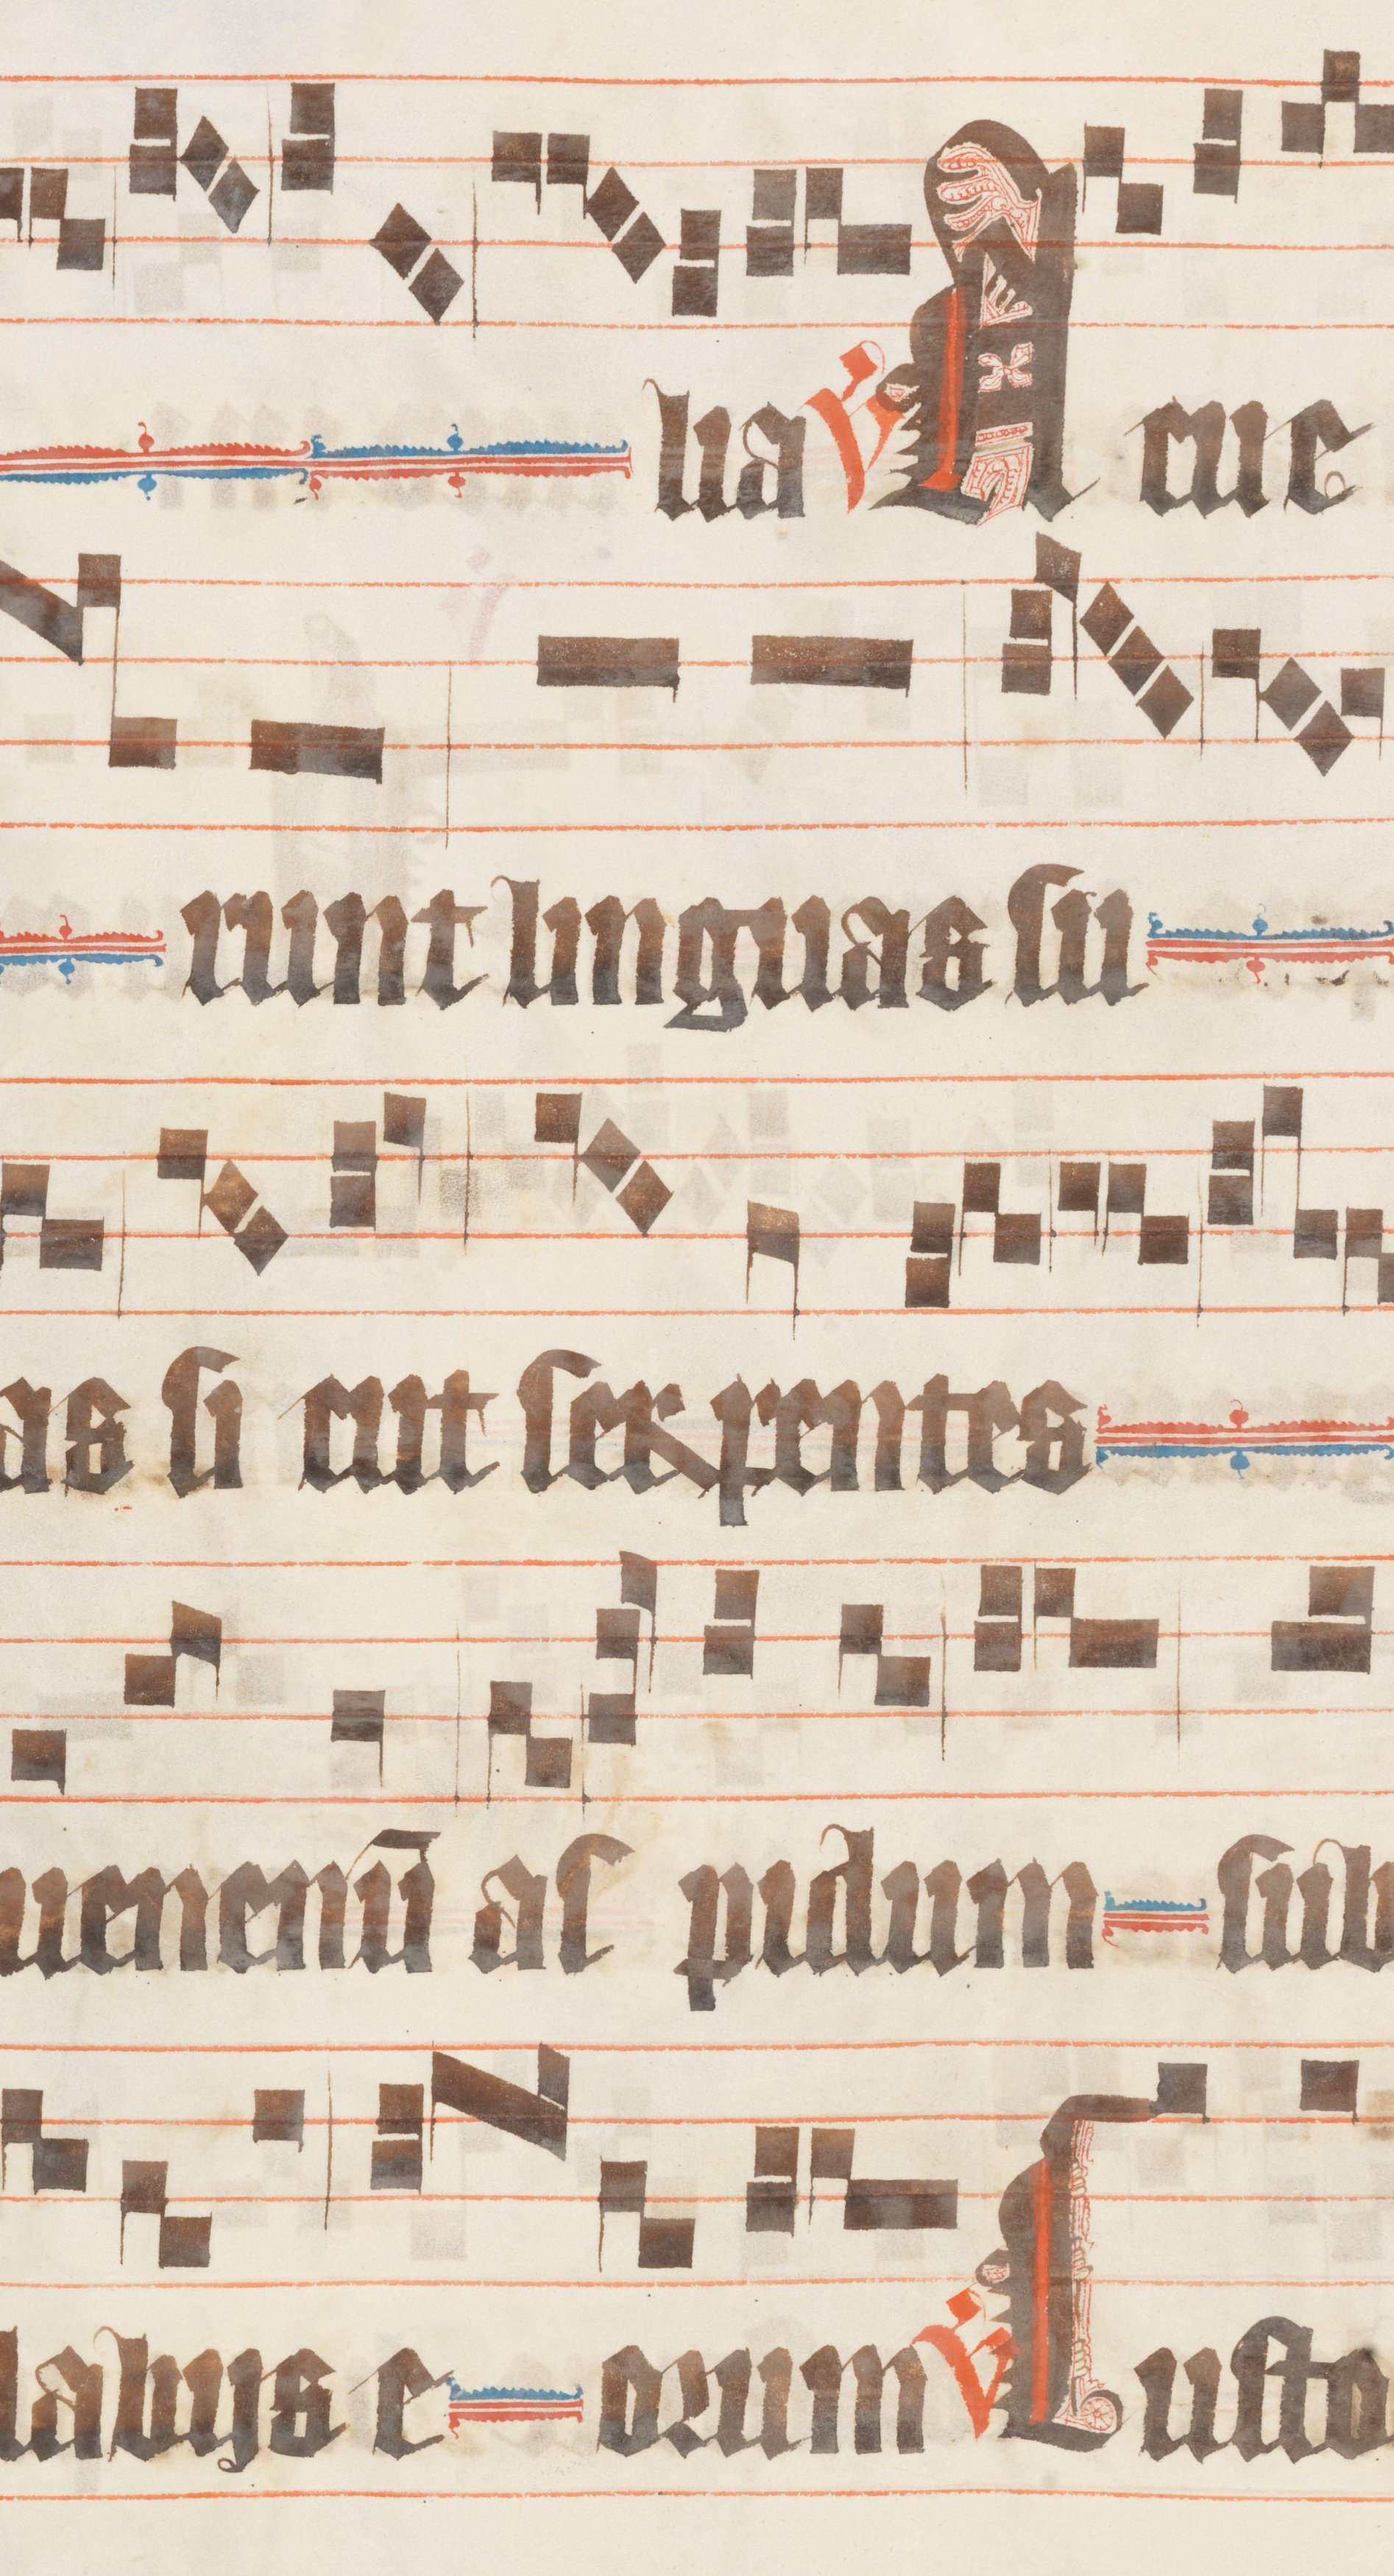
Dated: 1330–1335